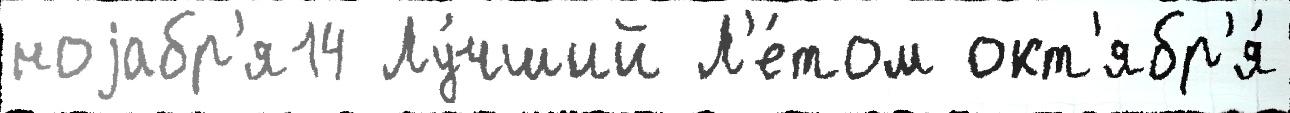
ноjабр'я14 Лу́чший Л'е́том окт'ябр'я́